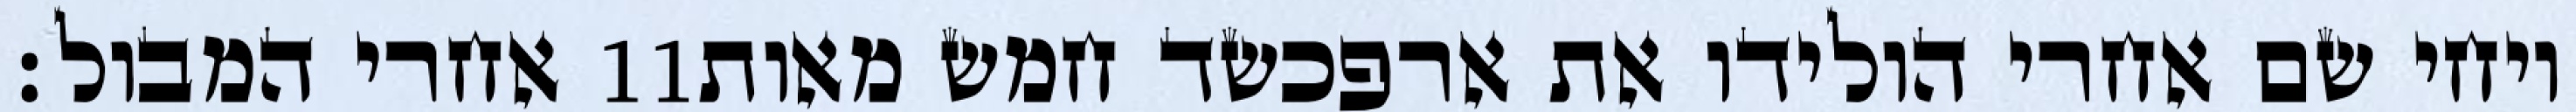
אחרי המבול׃ ‎11‏ ויחי שם אחרי הולידו את ארפכשד חמש מאות